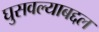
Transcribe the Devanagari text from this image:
घुसवल्याबद्दल